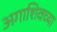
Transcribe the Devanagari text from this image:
अगाशिवच्या